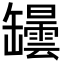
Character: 罎